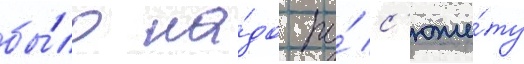
бы́ло на́до по́ с'юже́ту